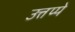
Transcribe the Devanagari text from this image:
उत्तप्पे